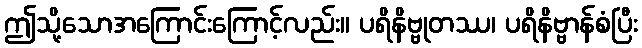
ဤသို့သောအကြောင်းကြောင့်လည်း။ ပရိနိဗ္ဗုတဿ၊ ပရိနိဗ္ဗာန်စံပြီး